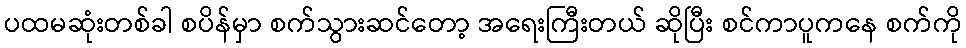
ပထမဆုံးတစ်ခါ စပိန်မှာ စက်သွားဆင်တော့ အရေးကြီးတယ် ဆိုပြီး စင်ကာပူကနေ စက်ကို